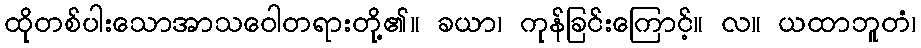
ထိုတစ်ပါးသောအာသဝေါတရားတို့၏။ ခယာ၊ ကုန်ခြင်းကြောင့်။ လ။ ယထာဘူတံ၊